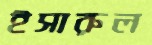
ইসারুল